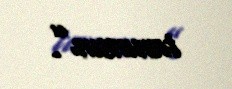
tanınsın”.